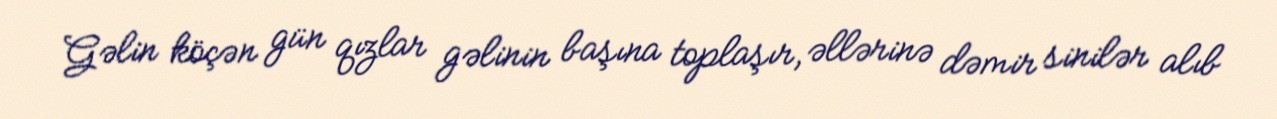
Gəlin köçən gün qızlar gəlinin başına toplaşır, əllərinə dəmir sinilər alıb